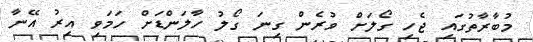
މުބާރާތުގައި ޖެހި ގޯލަށް ވުރެން ގިނަ ގޯލު ހާލަންޑަށް ހަމަވި އިރު އޭނާ